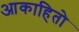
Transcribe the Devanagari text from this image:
आकाहितो